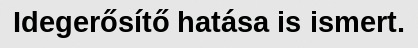
Idegerősítő hatása is ismert.